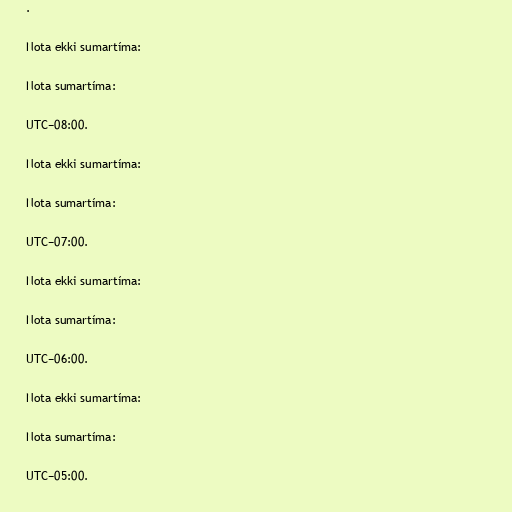
.

Nota ekki sumartíma:

Nota sumartíma:

UTC−08:00.

Nota ekki sumartíma:

Nota sumartíma:

UTC−07:00.

Nota ekki sumartíma:

Nota sumartíma:

UTC−06:00.

Nota ekki sumartíma:

Nota sumartíma:

UTC−05:00.